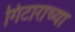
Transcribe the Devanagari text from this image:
गिटाराच्या